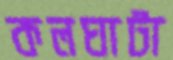
কলঘাটা